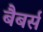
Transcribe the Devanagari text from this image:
बैबर्स